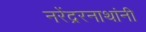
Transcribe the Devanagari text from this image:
नरेंद्ररनाथांनी